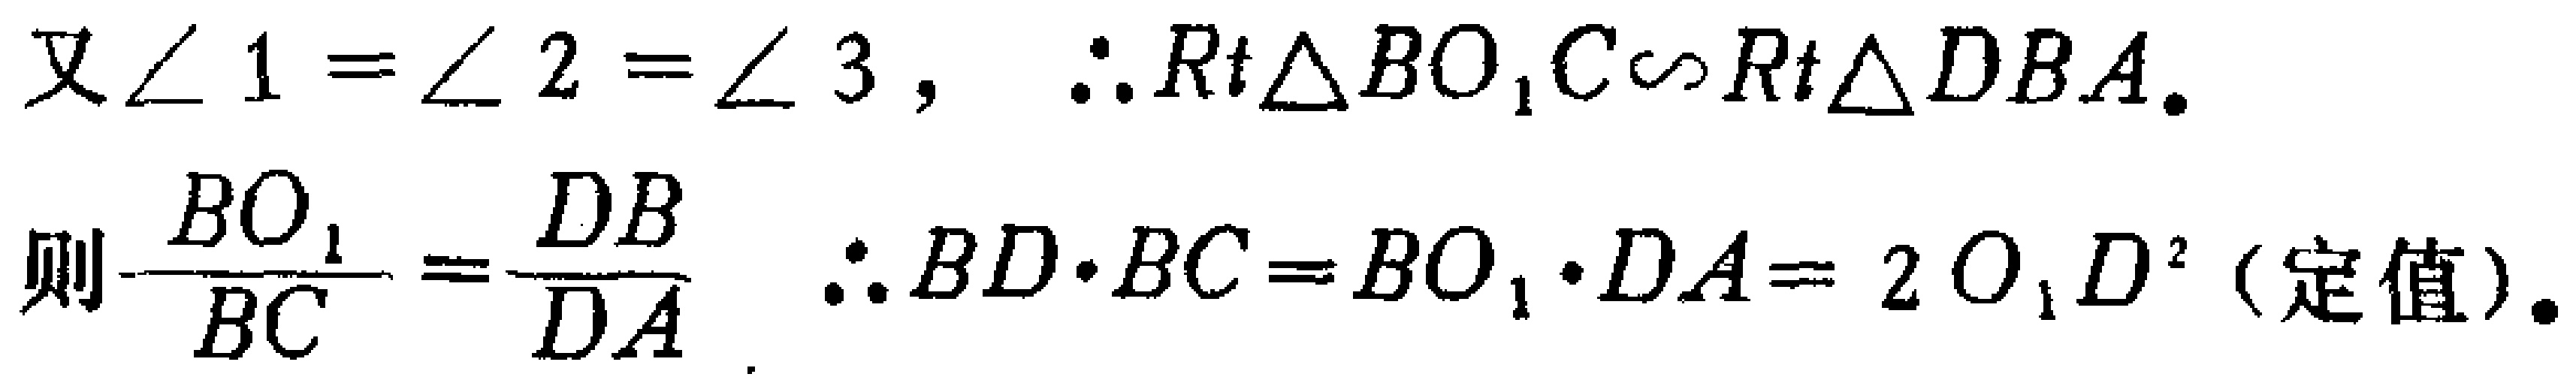
又\(\angle 1 = \angle 2 = \angle 3\)，\(\therefore Rt\triangle BO_{1}C\sim Rt\triangle DBA\)。
则\(\frac{BO_{1}}{BC}=\frac{DB}{DA}\)  \(\therefore BD\cdot BC = BO_{1}\cdot DA = 2O_{1}D^{2}\)（定值）。